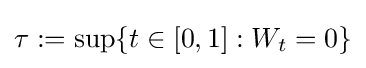
\tau :=\sup\{t\in [0,1]:W_{t}=0\}